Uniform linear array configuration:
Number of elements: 24
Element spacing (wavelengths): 0.75
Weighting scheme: hamming
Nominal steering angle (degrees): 30
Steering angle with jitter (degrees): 28.851
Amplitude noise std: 0.05
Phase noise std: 0.05

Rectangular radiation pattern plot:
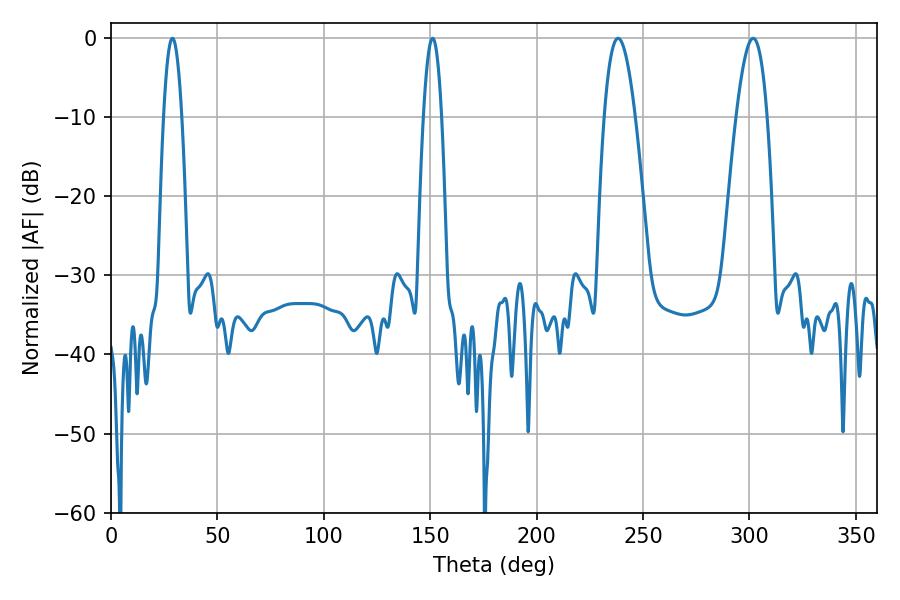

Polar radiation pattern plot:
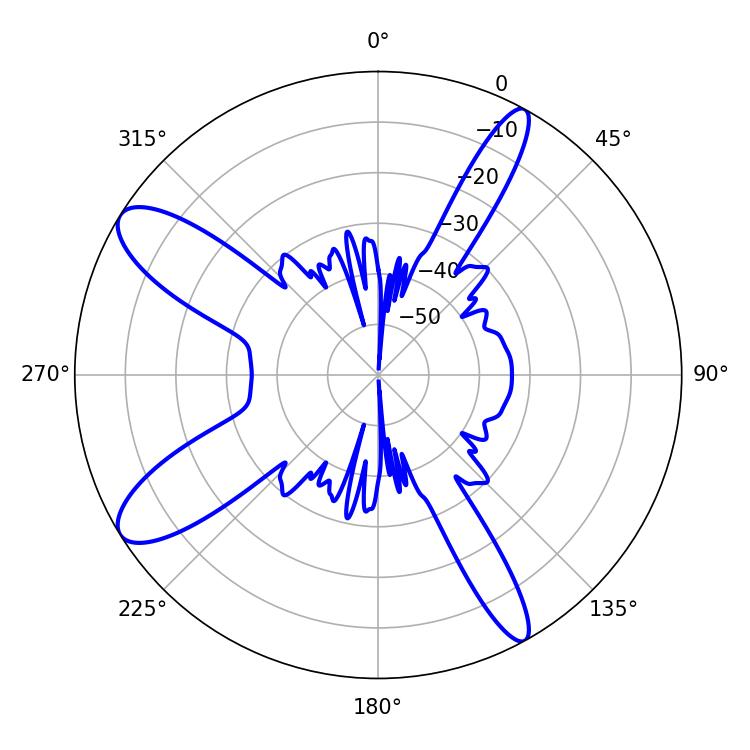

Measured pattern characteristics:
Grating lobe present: TRUE
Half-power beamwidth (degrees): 7.92
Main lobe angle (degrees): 238.32